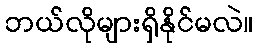
ဘယ်လိုများရှိနိုင်မလဲ။